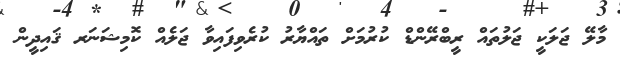
މާލޭ ޖަލަކީ ޖަލުތައް ރީބްރޭންޑް ކުރުމަށް ތައްޔާރު ކުރެވިފައިވާ ޖަލެއް ކޮމިޝަނަރ ޤައިދީން